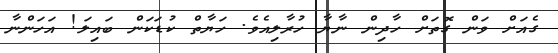
ގެއަށް ވަން ގޮތަށް ހާދިން ނާޔާ ހުރާލިއެވެ. ހަޔާތް ކުޑަކަން ބައިލަ! އަހަންނާ